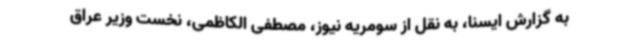
به گزارش ایسنا، به نقل از سومریه نیوز، مصطفی الکاظمی، نخست وزیر عراق